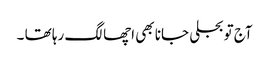
آج تو بجلی جانا بھی اچھا لگ رہا تھا ۔